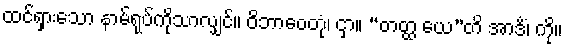
ထင်ရှားသော နာမ်ရုပ်ကိုသာလျှင်။ ဝိဘာဝေတုံ၊ ငှာ။ “တတ္ထ ယေ”တိ အာဒိံ၊ ကို။